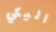
اليكي